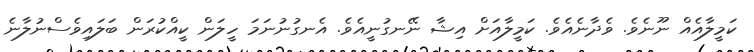
ކަމީލާއެއް ނޫނެވެ. ވެދާނެއެވެ. ކަމީލާއަށް އިޝާ ނޭނގުނީއެވެ. އެނގުނުނަމަ ހީލަން ކީއްކުރަން ބަލައިވެސްނުލާނެ